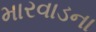
મારવાડના